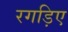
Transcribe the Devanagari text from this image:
रगड़िए